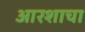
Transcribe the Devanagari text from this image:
आरशाचा